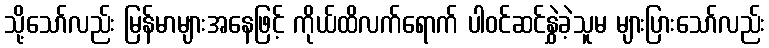
သို့သော်လည်း မြန်မာများအနေဖြင့် ကိုယ်ထိလက်ရောက် ပါဝင်ဆင်နွှဲခဲ့သူမ များပြားသော်လည်း